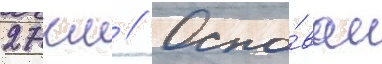
27 км // Осно́ван